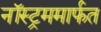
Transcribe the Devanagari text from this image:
नॉस्ट्रममार्फत